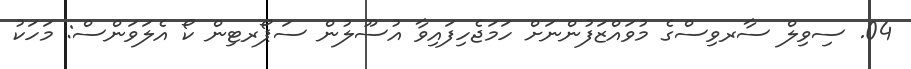
04. ސިވިލް ސާރވިސްގެ މުވައްޒަފުންނަށް ހަމަޖެހިފައިވާ އުސޫލުން ސަޕޯރޓިން ކޯ އެލަވަންސް: މަހަކު